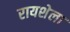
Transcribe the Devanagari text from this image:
रायशेला